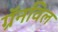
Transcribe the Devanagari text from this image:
ग्रॅनविल